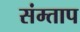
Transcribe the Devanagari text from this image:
संम्ताप